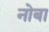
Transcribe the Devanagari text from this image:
नोबा